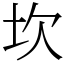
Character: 坎